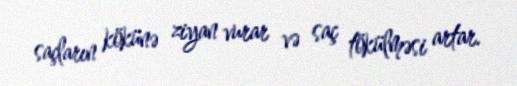
saçların kökünə ziyan vurar və saç tökülməsi artar.